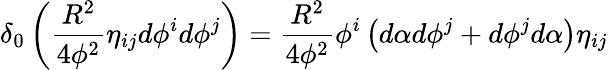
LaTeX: \delta_{0}\left(\frac{R^{2}}{4\phi^{2}}\eta_{ij}d\phi^{i}d\phi^{j}\right)=\frac{R^{2}}{4\phi^{2}}\phi^{i}\left(d\alpha d\phi^{j}+d\phi^{j}d\alpha\right)\eta_{ij}